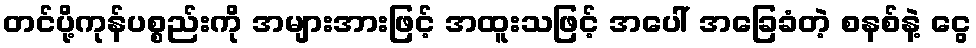
တင်ပို့ကုန်ပစ္စည်းကို အများအားဖြင့် အထူးသဖြင့် အပေါ် အခြေခံတဲ့ စနစ်နဲ့ ငွေ